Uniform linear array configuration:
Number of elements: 8
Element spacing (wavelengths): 0.75
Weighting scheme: kaiser
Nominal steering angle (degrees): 45
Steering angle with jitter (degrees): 45.278
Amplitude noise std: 0.05
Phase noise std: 0.05

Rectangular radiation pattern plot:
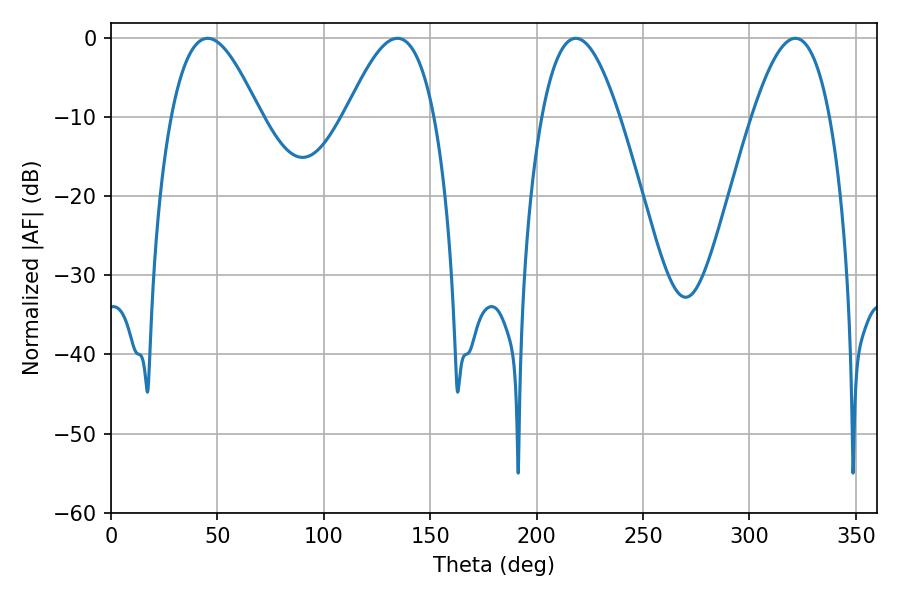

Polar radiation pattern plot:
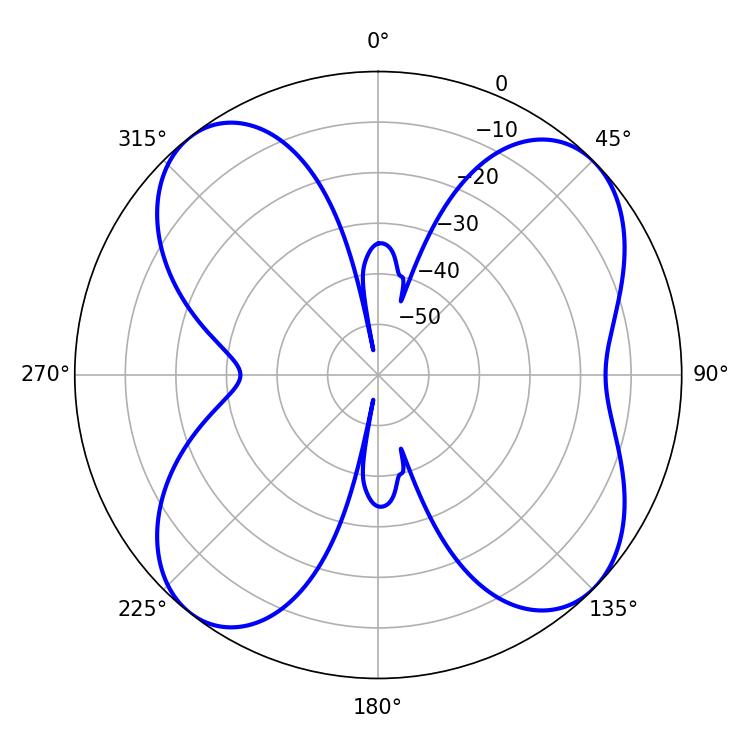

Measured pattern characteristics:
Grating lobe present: TRUE
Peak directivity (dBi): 10.767
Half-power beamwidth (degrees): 22.68
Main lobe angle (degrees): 45.36